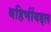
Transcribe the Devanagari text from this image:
बहिणींबद्दल